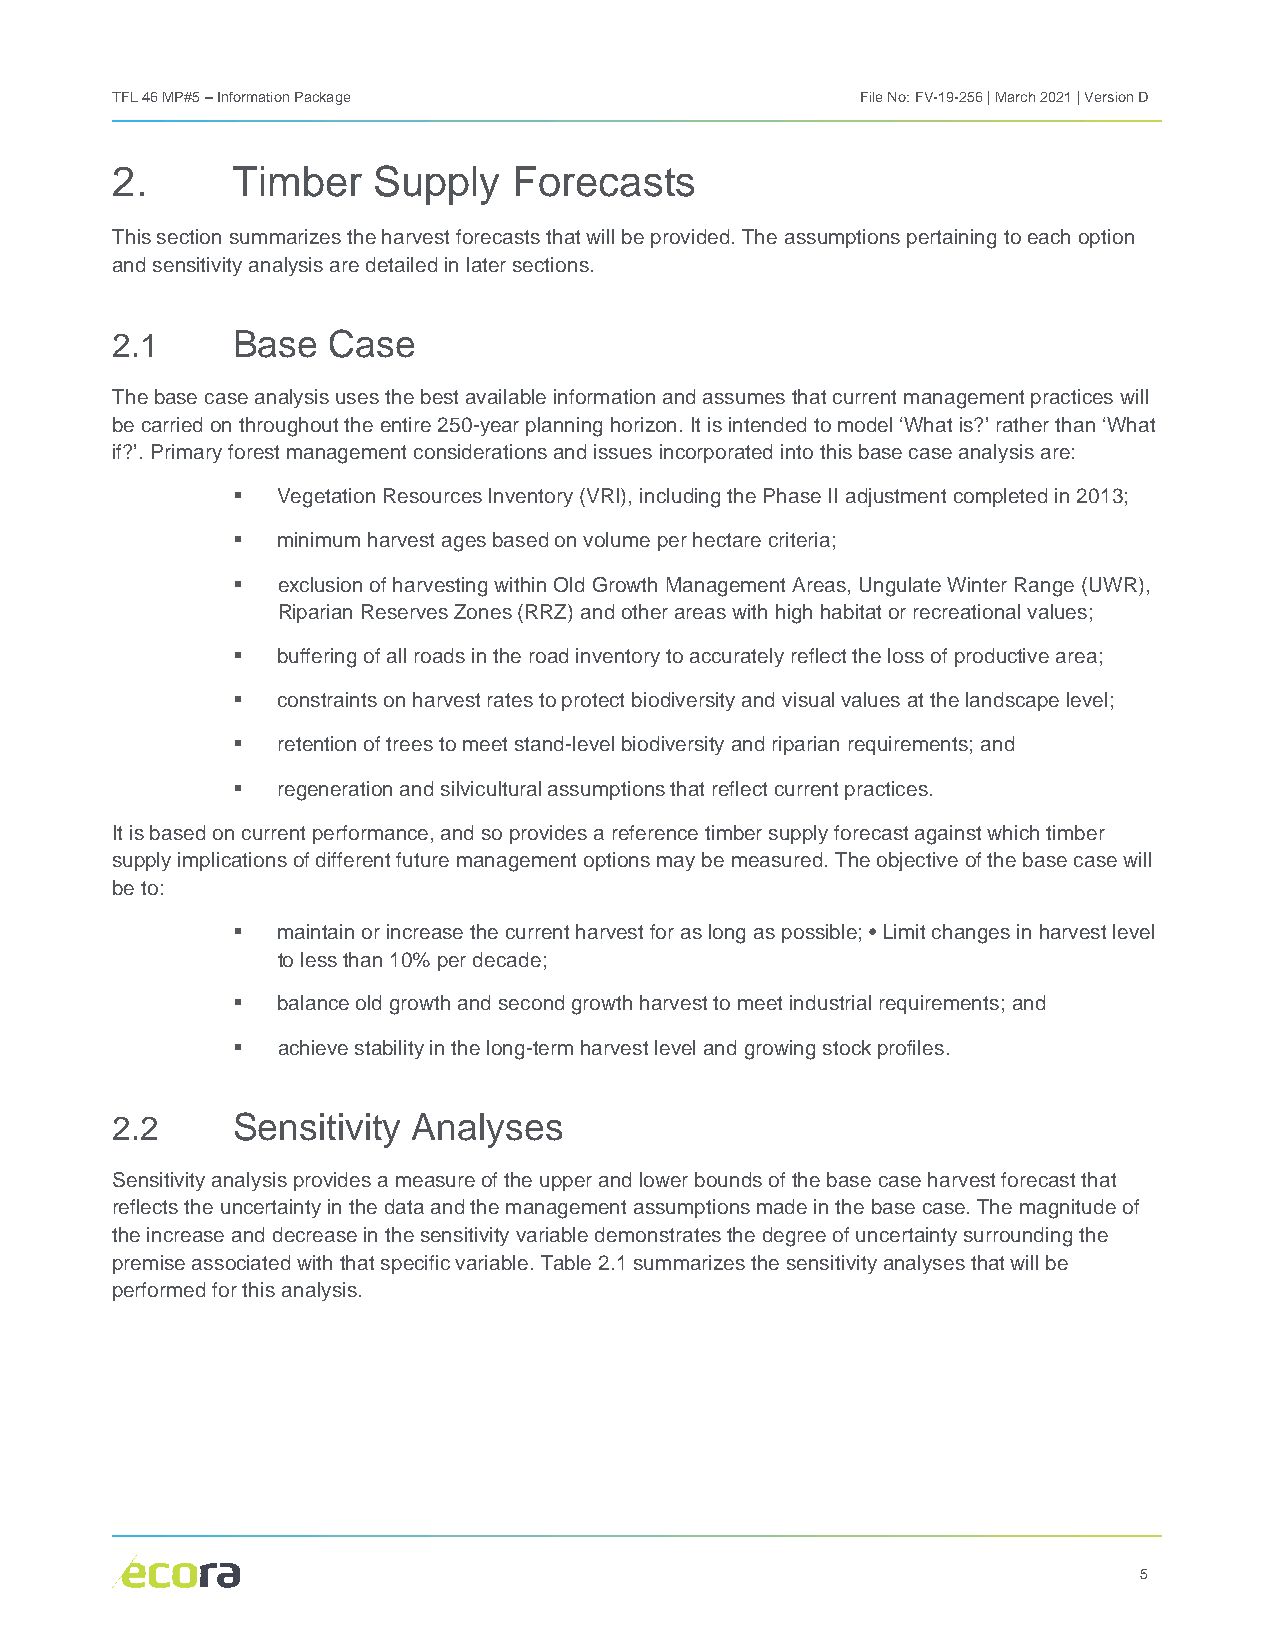
TFL 46 MP#5 – Information Package                 File No: FV-19-256 | March 2021 | Version D
 2.      Timber    Supply   Forecasts
 This section summarizes the harvest forecasts that will be provided. The assumptions pertaining to each option
 and sensitivity analysis are detailed in later sections.
 2.1     Base   Case
 The base case analysis uses the best available information and assumes that current management practices will
 be carried on throughout the entire 250-year planning horizon. It is intended to model ‘What is?’ rather than ‘What
 if?’. Primary forest management considerations and issues incorporated into this base case analysis are:
   Vegetation Resources Inventory (VRI), including the Phase II adjustment completed in 2013;
   minimum harvest ages based on volume per hectare criteria;
   exclusion of harvesting within Old Growth Management Areas, Ungulate Winter Range (UWR),
 Riparian Reserves Zones (RRZ) and other areas with high habitat or recreational values;
   buffering of all roads in the road inventory to accurately reflect the loss of productive area;
   constraints on harvest rates to protect biodiversity and visual values at the landscape level;
   retention of trees to meet stand-level biodiversity and riparian requirements; and
   regeneration and silvicultural assumptions that reflect current practices.
 It is based on current performance, and so provides a reference timber supply forecast against which timber
 supply implications of different future management options may be measured. The objective of the base case will
 be to:
   maintain or increase the current harvest for as long as possible; • Limit changes in harvest level
 to less than 10% per decade;
   balance old growth and second growth harvest to meet industrial requirements; and
   achieve stability in the long-term harvest level and growing stock profiles.
 2.2     Sensitivity Analyses
 Sensitivity analysis provides a measure of the upper and lower bounds of the base case harvest forecast that
 reflects the uncertainty in the data and the management assumptions made in the base case. The magnitude of
 the increase and decrease in the sensitivity variable demonstrates the degree of uncertainty surrounding the
 premise associated with that specific variable. Table 2.1 summarizes the sensitivity analyses that will be
 performed for this analysis.
 5